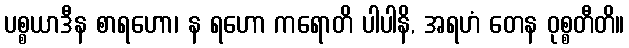
ပစ္စယာဒီန စာရဟော၊ န ရဟော ကရောတိ ပါပါနိ, အရဟံ တေန ဝုစ္စတီတိ။